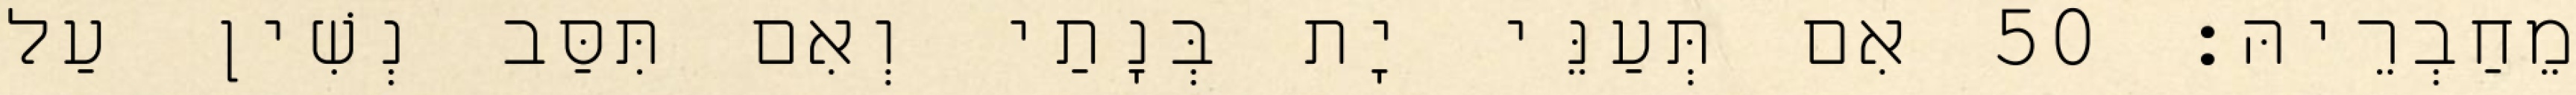
מֵחַבְרֵיהּ׃ 50 אִם תְּעַנֵּי יָת בְּנָתַי וְאִם תִּסַּב נְשִׁין עַל